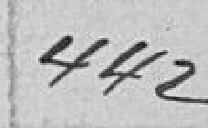
442